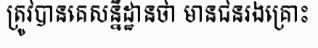
ត្រូវបានគេសន្និដ្ឋានថា មានជនរងគ្រោះ